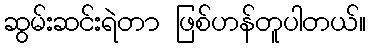
ဆွမ်းဆင်းရဲတာ ဖြစ်ဟန်တူပါတယ်။